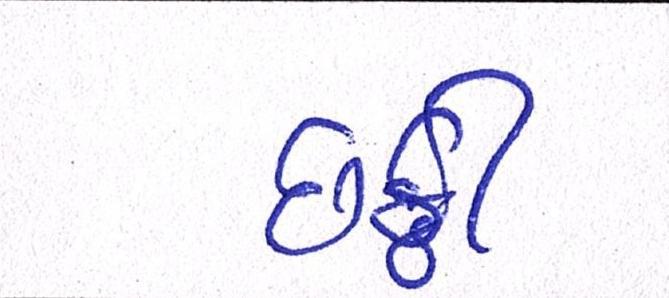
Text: છઠ્ઠી